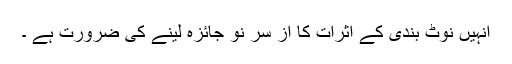
انہیں نوٹ بندی کے اثرات کا از سر نو جائزہ لینے کی ضرورت ہے ۔